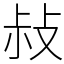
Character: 敊